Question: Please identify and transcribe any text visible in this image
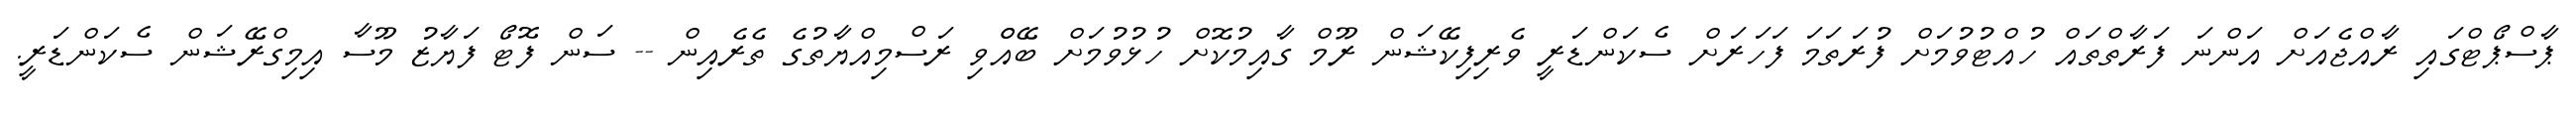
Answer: ޕާސްޕޯޓްގައި ރާއްޖެއަށް އަންނަ ފަރާތްތައް ހުއްޓުވުމަށް ފުރަތަމަ ފަހަރަށް ސެކަންޑަރީ ވެރިފިކޭޝަން ރޫމް ގާއިމުކޮށް ހުޅުވުމަށް ބޭއްްވި ރަސްމިއްޔާތުގެ ތެރެއިން -- ސަން ފޮޓޯ ފަޔާޒު މޫސާ އިމިގްރޭޝަން ސެކަންޑަރީ.